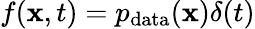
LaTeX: f(\mathbf{x},t)=p_{\mathrm{data}}(\mathbf{x})\delta(t)